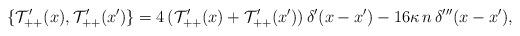
LaTeX: \begin{align*}\{ \mathcal T'_{++}(x), \mathcal T'_{++}(x') \} = 4 \, (\mathcal T'_{++}(x) + \mathcal T'_{++}(x')) \, \delta'(x - x') - 16 \kappa \, n \, \delta'''(x - x'),\end{align*}